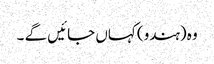
وہ (ہندو) کہاں جائیں گے ۔